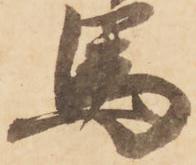
馬